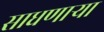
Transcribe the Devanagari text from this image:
साधणार्‍या